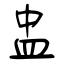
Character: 盅